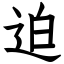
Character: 迫